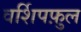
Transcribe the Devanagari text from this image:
वर्शिपफ़ुल